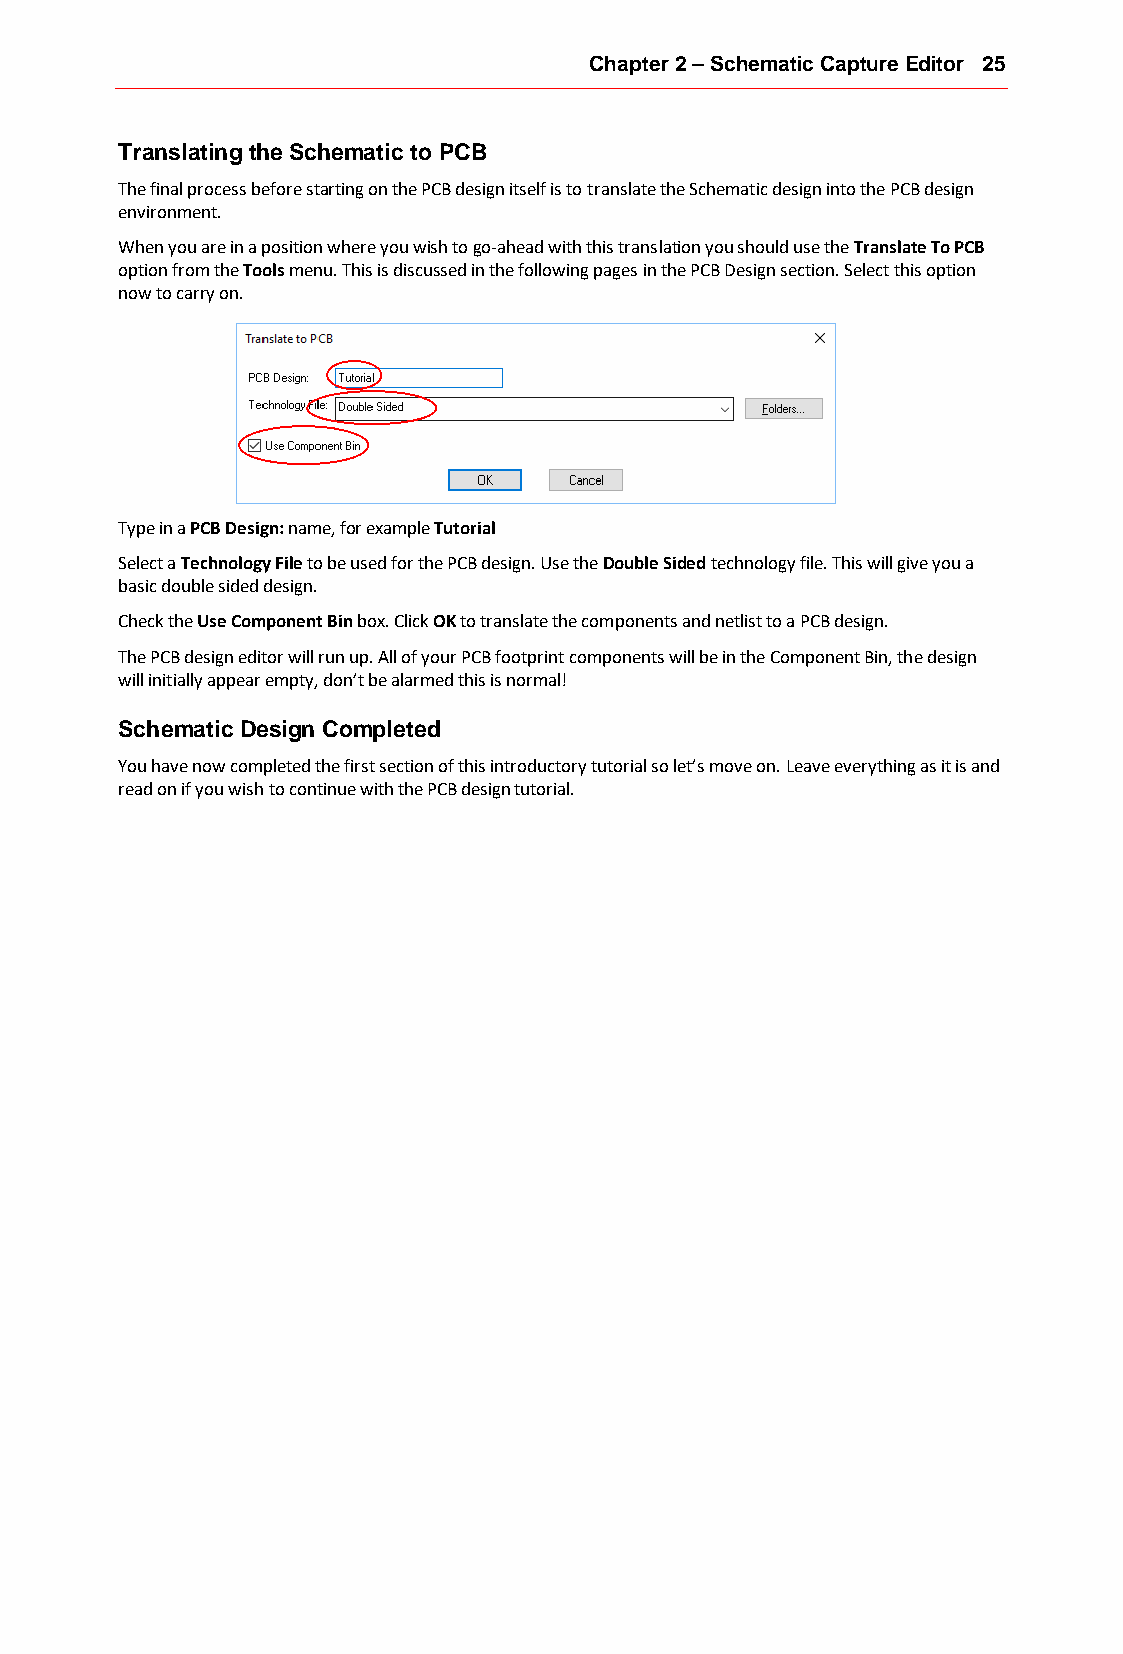
Chapter 2 – Schematic Capture Editor 25
 Translating the Schematic to PCB
 The final process before starting on the PCB design itself is to translate the Schematic design into the PCB design
 environment.
 When you are in a position where you wish to go-ahead with this translation you should use the Translate To PCB
 option from the Tools menu. This is discussed in the following pages in the PCB Design section. Select this option
 now to carry on.
 Type in a PCB Design: name, for example Tutorial
 Select a Technology File to be used for the PCB design. Use the Double Sided technology file. This will give you a
 basic double sided design.
 Check the Use Component Bin box. Click OK to translate the components and netlist to a PCB design.
 The PCB design editor will run up. All of your PCB footprint components will be in the Component Bin, the design
 will initially appear empty, don’t be alarmed this is normal!
 Schematic Design Completed
 You have now completed the first section of this introductory tutorial so let’s move on. Leave everything as it is and
 read on if you wish to continue with the PCB design tutorial.